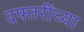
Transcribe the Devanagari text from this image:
दफ्तरींच्या